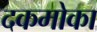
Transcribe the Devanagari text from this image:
दकमोका